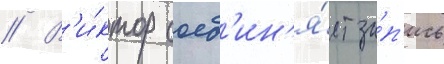
// В'и́ктор соед'ин'я́ет за́п'ись